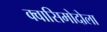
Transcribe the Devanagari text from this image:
क्वासिमोदोला